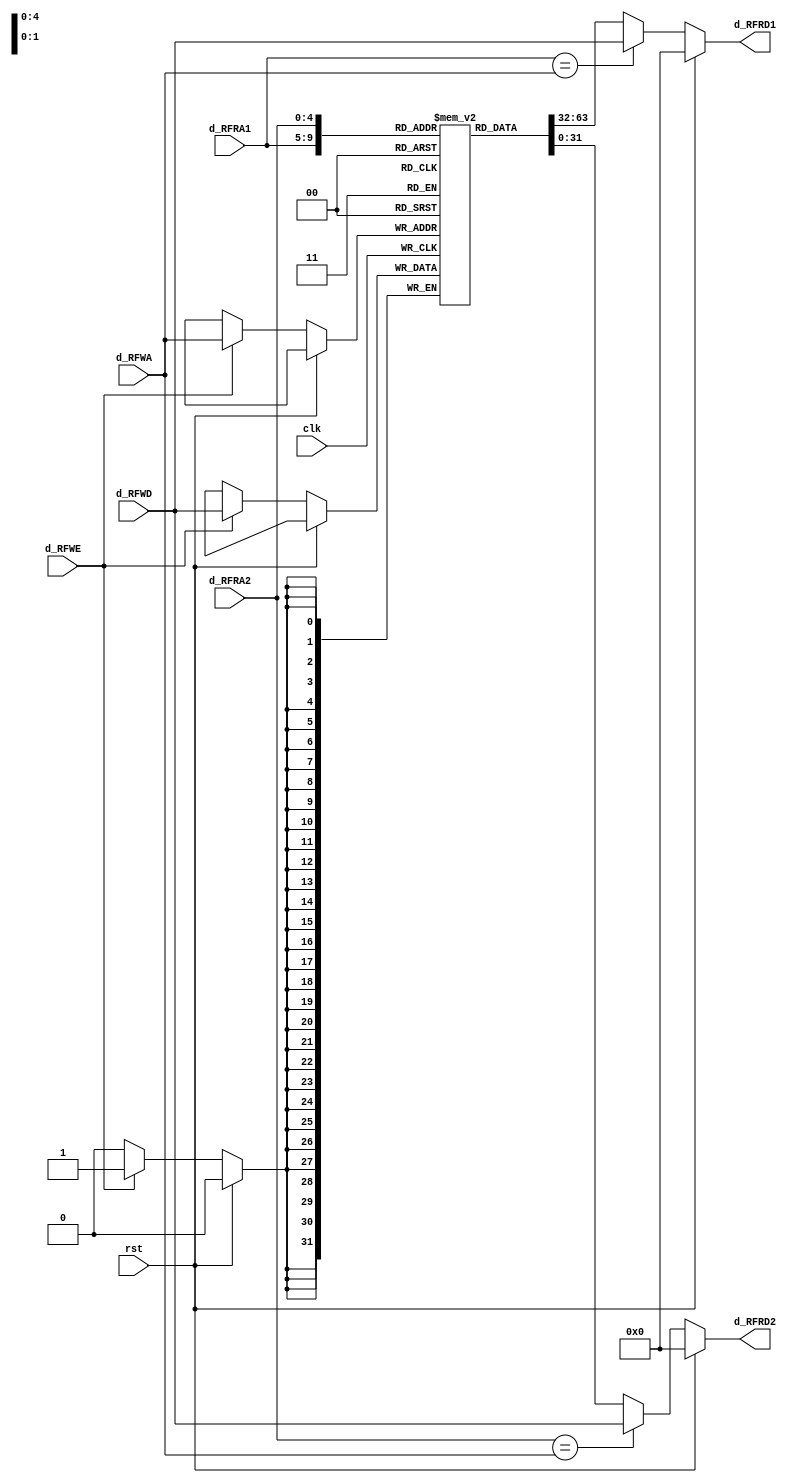
`timescale 1ns / 1ps
//////////////////////////////////////////////////////////////////////////////////
// Company: 
// Engineer: 
// 
// Design Name: 
// Module Name: sign_extension
// Project Name: 
// Target Devices: 
// Tool Versions: 
// Description: 
// 
// Dependencies: 
// 
// Revision:
// Revision 0.01 - File Created
// Additional Comments:
// 
//////////////////////////////////////////////////////////////////////////////////


module register_file
/*** PARAMETERS ***/
#(parameter
    // WL
    DATA_WL     = 32,
    ADDR_RF_WL  = 5,
    ADDR_MEM    = 32
)
/*** IN/OUT ***/
(
    // IN
    input                           clk,
                                    rst,
                                    d_RFWE,
    input [ADDR_RF_WL - 1 : 0]      d_RFRA1,
                                    d_RFRA2,
                                    d_RFWA,
    input [DATA_WL - 1 : 0]         d_RFWD,
    // OUT
    output [DATA_WL - 1 : 0]        d_RFRD1,
                                    d_RFRD2
);

    reg [DATA_WL - 1 : 0] MEM [0 : 2**ADDR_RF_WL - 1];
    reg [ADDR_RF_WL - 1 : 0] ADDR1, ADDR2;
    reg [DATA_WL - 1 : 0] REG1, REG2;
    integer i;
    
    /* Default vals for register file */
    initial 
    begin
        ADDR1 = 0;
        ADDR2 = 0;
        MEM[0] = 0;
        MEM[1] = 0;
        MEM[2] = 0;
        MEM[3] = 0;
        MEM[4] = 0;
        MEM[5] = 0;
        MEM[6] = 0;
        MEM[7] = 0;
        MEM[8] = 0;
        MEM[9] = 0;
        MEM[10] = 0;
        MEM[11] = 0;
        MEM[12] = 0;
        MEM[13] = 0;
        MEM[14] = 0;
        MEM[15] = 0;
        MEM[16] = 0;
        MEM[17] = 0;
        MEM[18] = 0;
        MEM[19] = 0;
        MEM[20] = 0;
        MEM[21] = 0;
        MEM[22] = 0;
        MEM[23] = 0;
        MEM[24] = 0;
        MEM[25] = 0;
        MEM[26] = 0;
        MEM[27] = 0;
        MEM[28] = 0;
        MEM[29] = 0;
        MEM[30] = 0;
        MEM[31] = 0;
    end
    
    always @ (posedge clk)
    begin
        /*** WRITE FIRST ***/
        if (!rst)
        begin
            if(d_RFWE) MEM[d_RFWA] <= d_RFWD;
        end
    end
    
    /*** DELAYED READ ***/
    // commenting out because sw for part b is not getting the data on time
    //assign d_RFRD1 = (rst) ? 0 : MEM[ADDR1];
    //assign d_RFRD2 = (rst) ? 0 : MEM[ADDR2];
    
    // this is for part b, TODO figure out the delay
    assign d_RFRD1 = (rst) ? 0 : (d_RFRA1 == d_RFWA) ? d_RFWD : MEM[d_RFRA1];
    assign d_RFRD2 = (rst) ? 0 : (d_RFRA2 == d_RFWA) ? d_RFWD : MEM[d_RFRA2];
endmodule